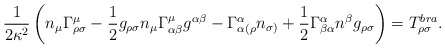
\begin{align*}\frac{1}{2 \kappa^{2}} \left(n_{\mu } \Gamma^{\mu}_{\rho \sigma} -\frac{1}{2}g_{\rho \sigma} n_{\mu} \Gamma^{\mu}_{\alpha \beta} g^{\alpha \beta}-\Gamma_{\alpha (\rho }^{\alpha} n_{\sigma)} +\frac{1}{2}\Gamma^{\alpha }_{\beta \alpha} n^{\beta} g_{\rho\sigma}\right) =T^{bra}_{\rho \sigma }.\end{align*}